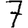
Digit: 7